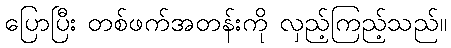
ပြောပြီး တစ်ဖက်အတန်းကို လှည့်ကြည့်သည်။